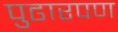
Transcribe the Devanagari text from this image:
पुढारपण